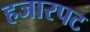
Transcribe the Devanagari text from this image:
हजारपट